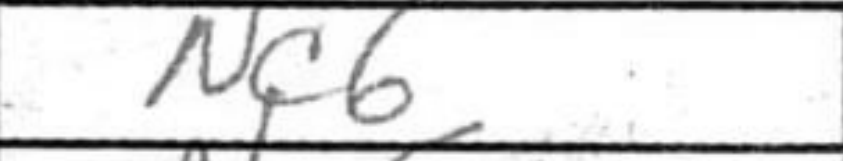
Transcription: Nc6